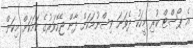
އެ ޕޯސްޓް ކުރި މީހަކު ދެވަނަ ވިސްނުމަކަށް ދާން ޖެހޭވަރުގެ ކަމަކަށް މިކަން